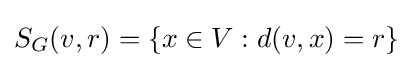
S_{G}(v,r)=\{x\in V:d(v,x)=r\}